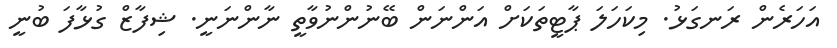
އަހަރެން ރަނގަޅު. މިކަހަލަ ޕާޓީތަކަށް އަންނަން ބޭނުންނުވާތީ ނާންނަނީ. ޝިފާޒް ގުޅާފަ ބުނީ